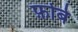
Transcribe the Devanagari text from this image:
फ़ोबे